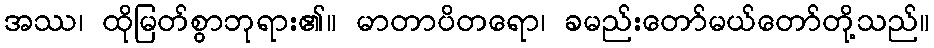
အဿ၊ ထိုမြတ်စွာဘုရား၏။ မာတာပိတရော၊ ခမည်းတော်မယ်တော်တို့သည်။